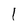
Character: 1